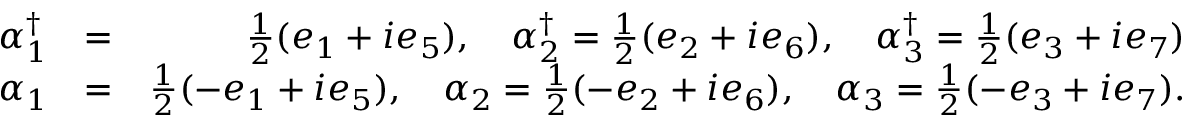
\begin{array} { r l r } { \alpha _ { 1 } ^ { \dagger } } & { = } & { \frac { 1 } { 2 } ( e _ { 1 } + i e _ { 5 } ) , \quad \alpha _ { 2 } ^ { \dagger } = \frac { 1 } { 2 } ( e _ { 2 } + i e _ { 6 } ) , \quad \alpha _ { 3 } ^ { \dagger } = \frac { 1 } { 2 } ( e _ { 3 } + i e _ { 7 } ) } \\ { \alpha _ { 1 } } & { = } & { \frac { 1 } { 2 } ( - e _ { 1 } + i e _ { 5 } ) , \quad \alpha _ { 2 } = \frac { 1 } { 2 } ( - e _ { 2 } + i e _ { 6 } ) , \quad \alpha _ { 3 } = \frac { 1 } { 2 } ( - e _ { 3 } + i e _ { 7 } ) . } \end{array}